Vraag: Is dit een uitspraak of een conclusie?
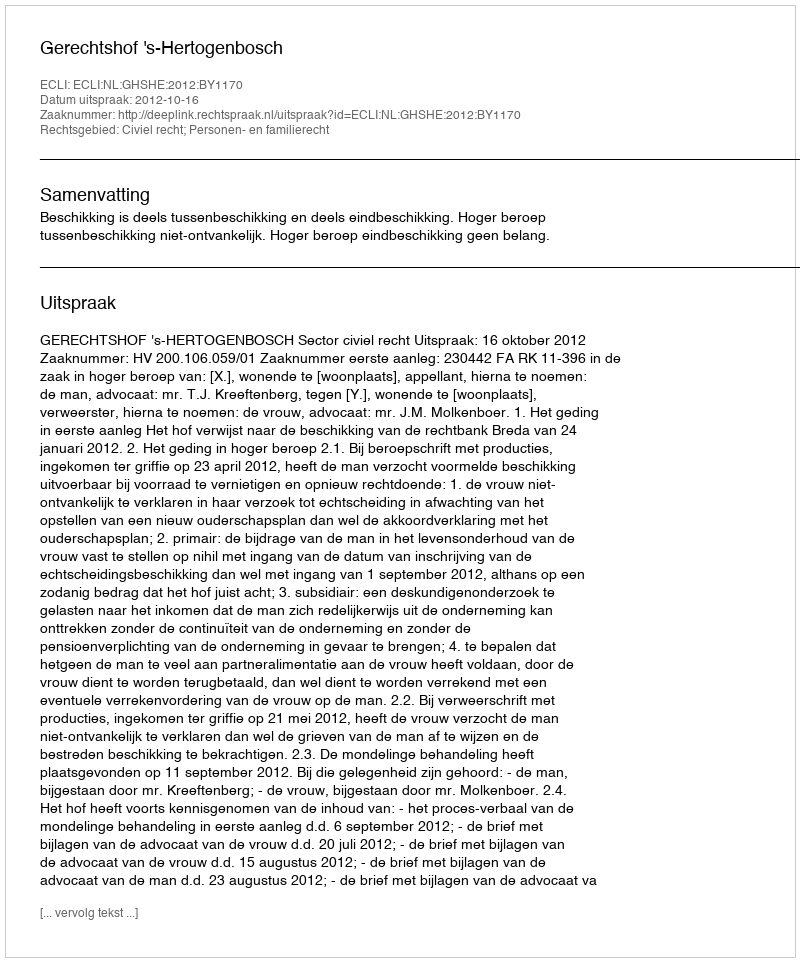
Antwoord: Uitspraak